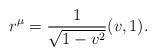
LaTeX: \begin{align*}r^\mu = \frac{1}{\sqrt{1-v^2}}(v,1).\end{align*}